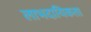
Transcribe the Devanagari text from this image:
लाभदायिकता